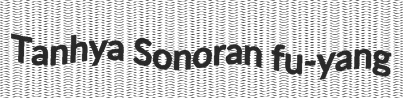
Tanhya Sonoran fu-yang